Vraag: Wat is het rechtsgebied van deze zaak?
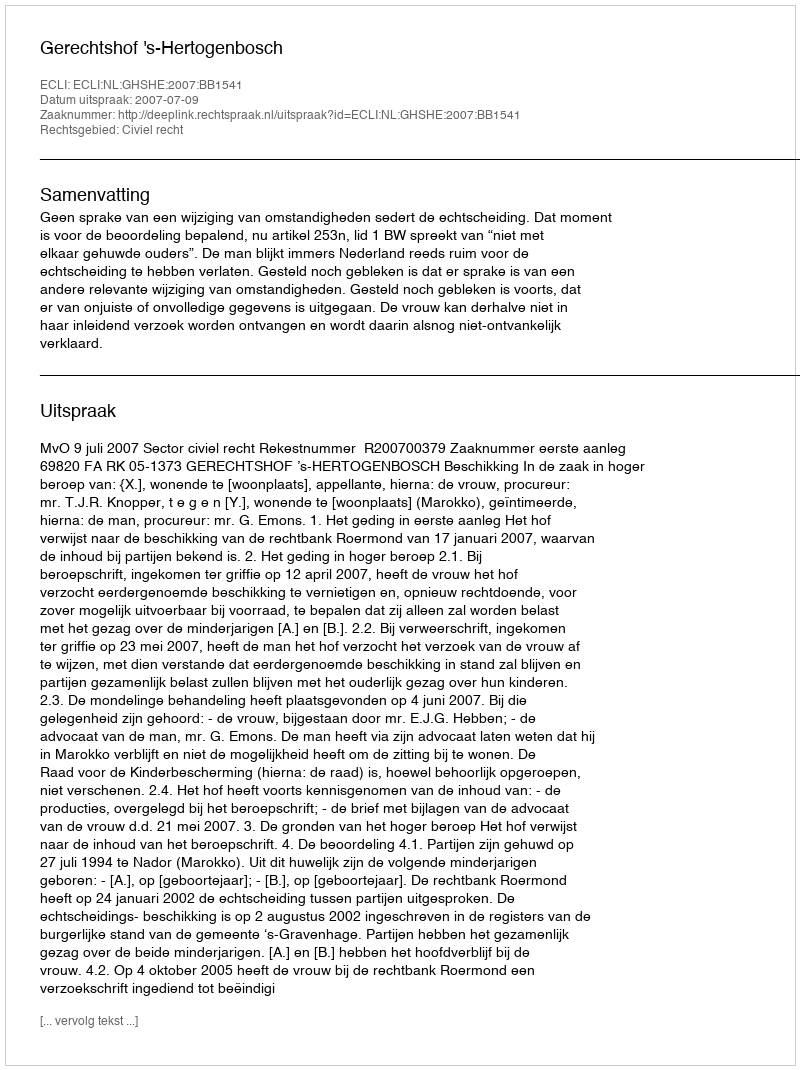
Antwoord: Civiel recht